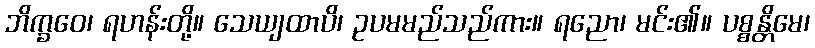
ဘိက္ခဝေ၊ ရဟန်းတို့။ သေယျထာပိ၊ ဥပမမည်သည်ကား။ ရညော၊ မင်း၏။ ပစ္စန္တိမေ၊